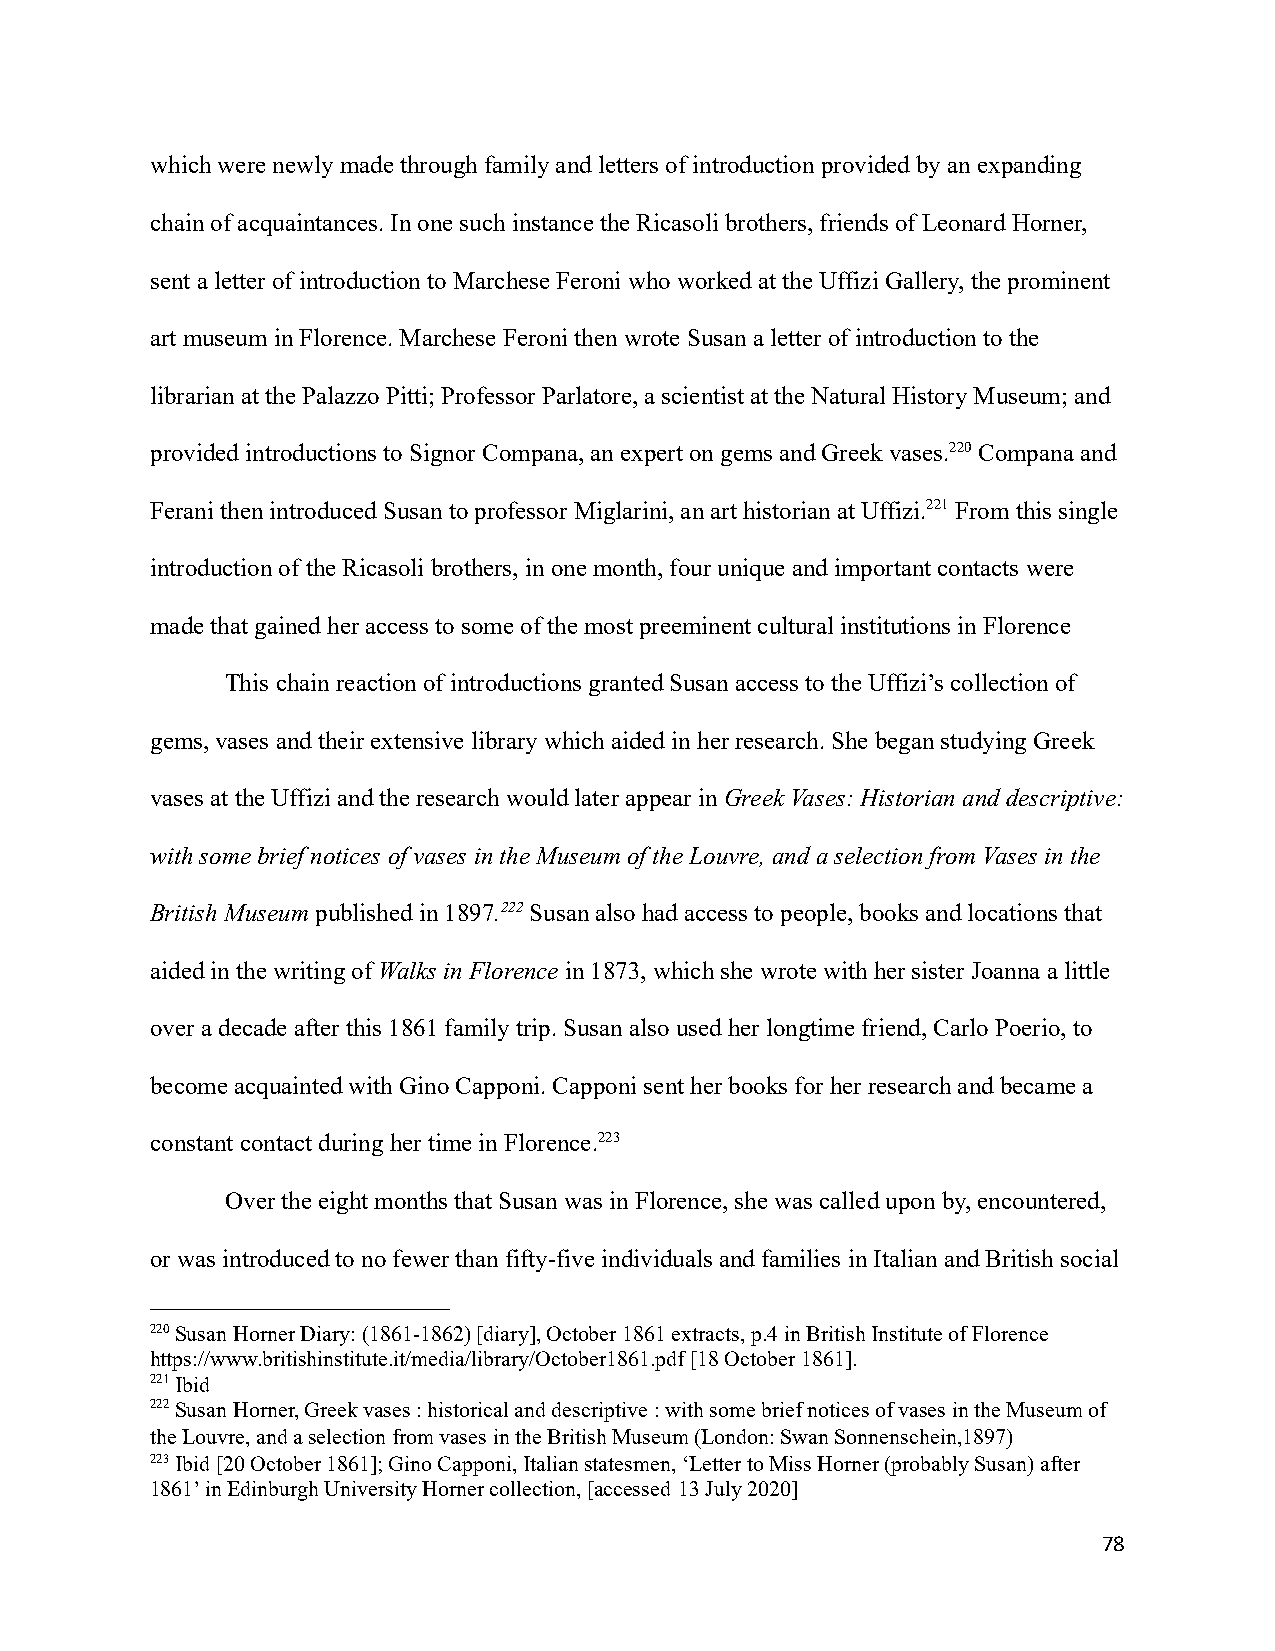
which were newly made through family and letters of introduction provided by an expanding
 chain of acquaintances. In one such instance the Ricasolibrothers, friends of Leonard Horner,
 sent a letter of introduction to Marchese Feroni whoworked at the Uffizi Gallery, the prominent
 art museum in Florence. Marchese Feroni then wrote Susan a letter of introduction to the
 librarian at the Palazzo Pitti; Professor Parlatore,a scientist at the Natural History Museum; and
 provided introductions to Signor Compana, an experton gems and Greek vases.220Compana and
 Ferani then introduced Susan to professor Miglarini,an art historian at Uffizi.221From this single
 introduction of the Ricasoli brothers, in one month,four unique and important contacts were
 made that gained her access to some of the most preeminentcultural institutions in Florence
 This chain reaction of introductions granted Susanaccess to the Uffizi’s collection of
 gems, vases and their extensive library which aidedin her research. She began studying Greek
 vases at the Uffizi and the research would later appearinGreek Vases: Historian and descriptive:
 with some brief notices of vases in the Museum ofthe Louvre, and a selection from Vases in the
 British Museumpublished in 1897.222Susan also hadaccess to people, books and locations that
 aided in the writing ofWalks in Florencein 1873,which she wrote with her sister Joanna a little
 over a decade after this 1861 family trip. Susan alsoused her longtime friend, Carlo Poerio, to
 become acquainted with Gino Capponi. Capponi senther books for her research and became a
 constant contact during her time in Florence.223
 Over the eight months that Susan was in Florence,she was called upon by, encountered,
 or was introduced to no fewer than fifty-five individualsand families in Italian and British social
 220Susan Horner Diary: (1861-1862) [diary], October1861 extracts, p.4 in British Institute of Florence
 https://www.britishinstitute.it/media/library/October1861.pdf[18 October 1861].
 221Ibid
 222Susan Horner, Greek vases : historical and descriptive: with some brief notices of vases in the Museumof
 the Louvre, and a selection from vases in the BritishMuseum (London:Swan Sonnenschein,1897)
 223Ibid [20 October 1861]; Gino Capponi, Italian statesmen,‘Letter to Miss Horner (probably Susan) after
 1861’ in Edinburgh University Horner collection, [accessed 13 July 2020]
 78